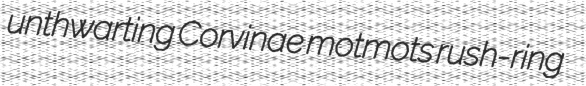
unthwarting Corvinae motmots rush-ring